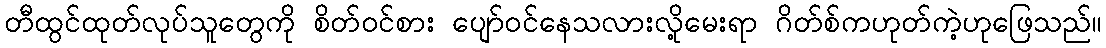
တီထွင်ထုတ်လုပ်သူတွေကို စိတ်ဝင်စား ပျော်ဝင်နေသလားလို့မေးရာ ဂိတ်စ်ကဟုတ်ကဲ့ဟုဖြေသည်။